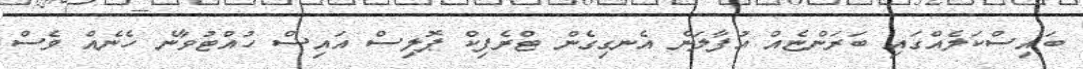
ބައިސްކަލެއްގައި ބަރަންޏެއް އުފާލަން އެނގިގެން ޓްރެފިކް ޕޮލިސް އައިސް ހުއްޓުވާނެ ހެނެއް ވެސް